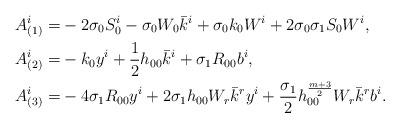
LaTeX: \begin{align*}A^i_{(1)} = & -2\sigma_0S^i_0 - \sigma_0W_0\bar{k}^i + \sigma_0k_0W^i + 2\sigma_0\sigma_1S_0W^i, \\A^i_{(2)} = & -k_0y^i + \frac{1}{2}h_{00}\bar{k}^i + \sigma_1R_{00}b^i,\\A^i_{(3)} =& -4\sigma_1R_{00}y^i + 2\sigma_1h_{00}W_r\bar{k}^ry^i + \frac{\sigma_1}{2}h_{00}^{\frac{m+3}{2}}W_r\bar{k}^rb^i.\end{align*}